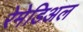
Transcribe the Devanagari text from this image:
रेमेडिअल